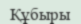
Құбыры